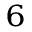
^ 6